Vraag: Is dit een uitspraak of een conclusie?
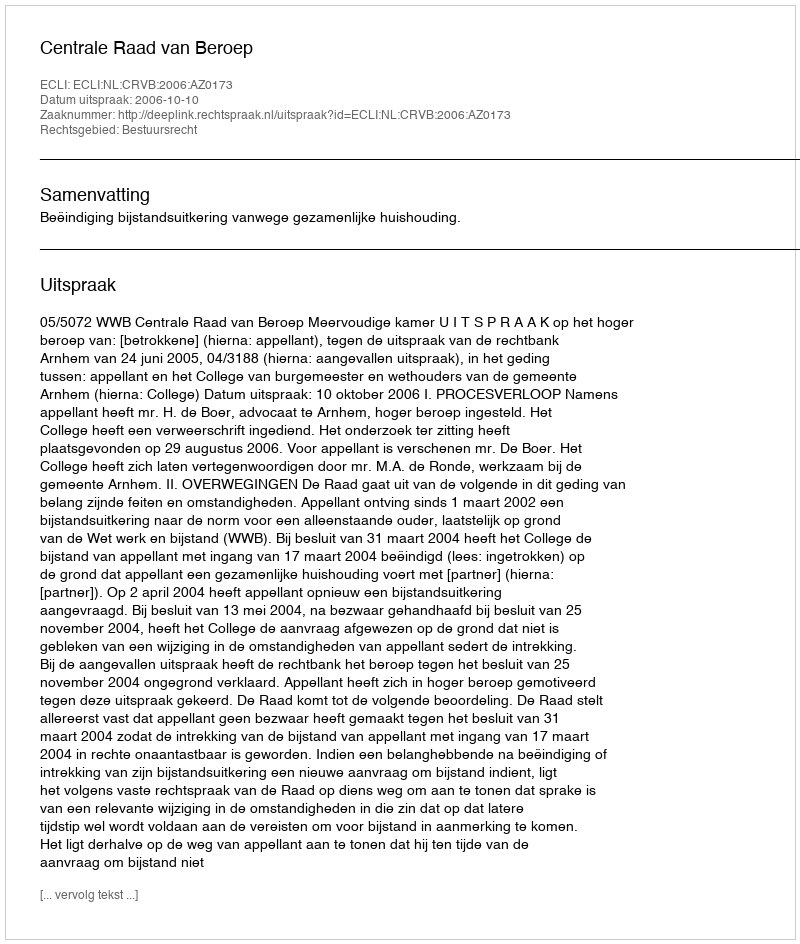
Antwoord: Uitspraak